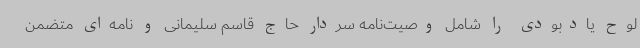
لوح یادبودی را شامل وصیت‌نامه سردار حاج قاسم سلیمانی و نامه‌ای متضمن